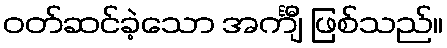
ဝတ်ဆင်ခဲ့သော အင်္ကျီ ဖြစ်သည်။